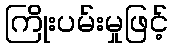
ကြိုးပမ်းမှုဖြင့်